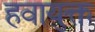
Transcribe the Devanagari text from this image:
हवायुक्त